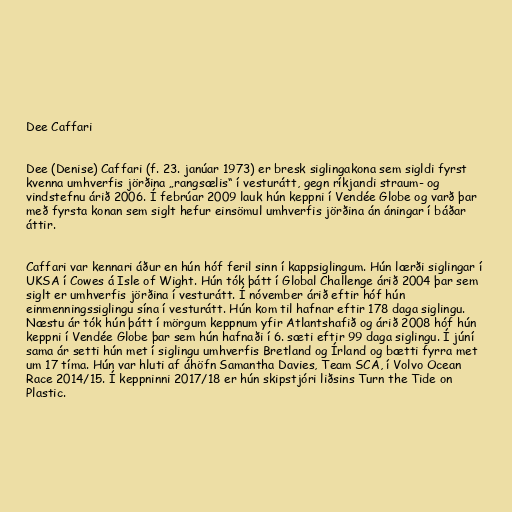
Dee Caffari

Dee (Denise) Caffari (f. 23. janúar 1973) er bresk siglingakona sem sigldi fyrst
kvenna umhverfis jörðina „rangsælis“ í vesturátt, gegn ríkjandi straum- og
vindstefnu árið 2006. Í febrúar 2009 lauk hún keppni í Vendée Globe og varð þar
með fyrsta konan sem siglt hefur einsömul umhverfis jörðina án áningar í báðar
áttir.

Caffari var kennari áður en hún hóf feril sinn í kappsiglingum. Hún lærði siglingar í
UKSA í Cowes á Isle of Wight. Hún tók þátt í Global Challenge árið 2004 þar sem
siglt er umhverfis jörðina í vesturátt. Í nóvember árið eftir hóf hún
einmenningssiglingu sína í vesturátt. Hún kom til hafnar eftir 178 daga siglingu.
Næstu ár tók hún þátt í mörgum keppnum yfir Atlantshafið og árið 2008 hóf hún
keppni í Vendée Globe þar sem hún hafnaði í 6. sæti eftir 99 daga siglingu. Í júní
sama ár setti hún met í siglingu umhverfis Bretland og Írland og bætti fyrra met
um 17 tíma. Hún var hluti af áhöfn Samantha Davies, Team SCA, í Volvo Ocean
Race 2014/15. Í keppninni 2017/18 er hún skipstjóri liðsins Turn the Tide on
Plastic.